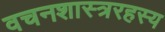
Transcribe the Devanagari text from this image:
वचनशास्त्ररहस्य